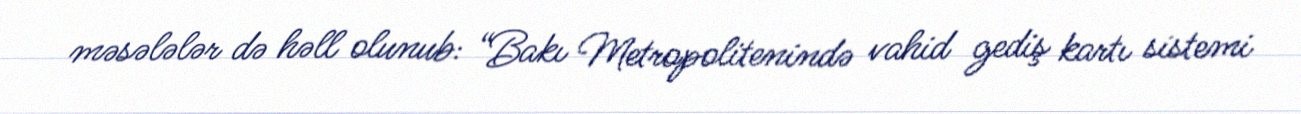
məsələlər də həll olunub: “Bakı Metropolitenində vahid gediş kartı sistemi